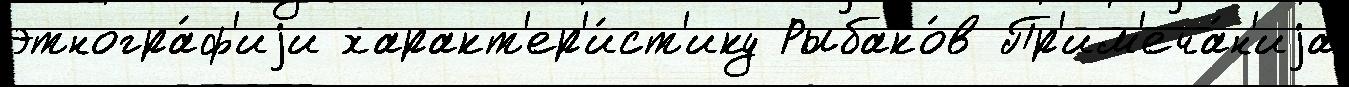
этногра́ф'иjи характ'ер'и́ст'ику Рыбако́в Пр'им'еча́н'иjа